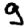
Digit: 9